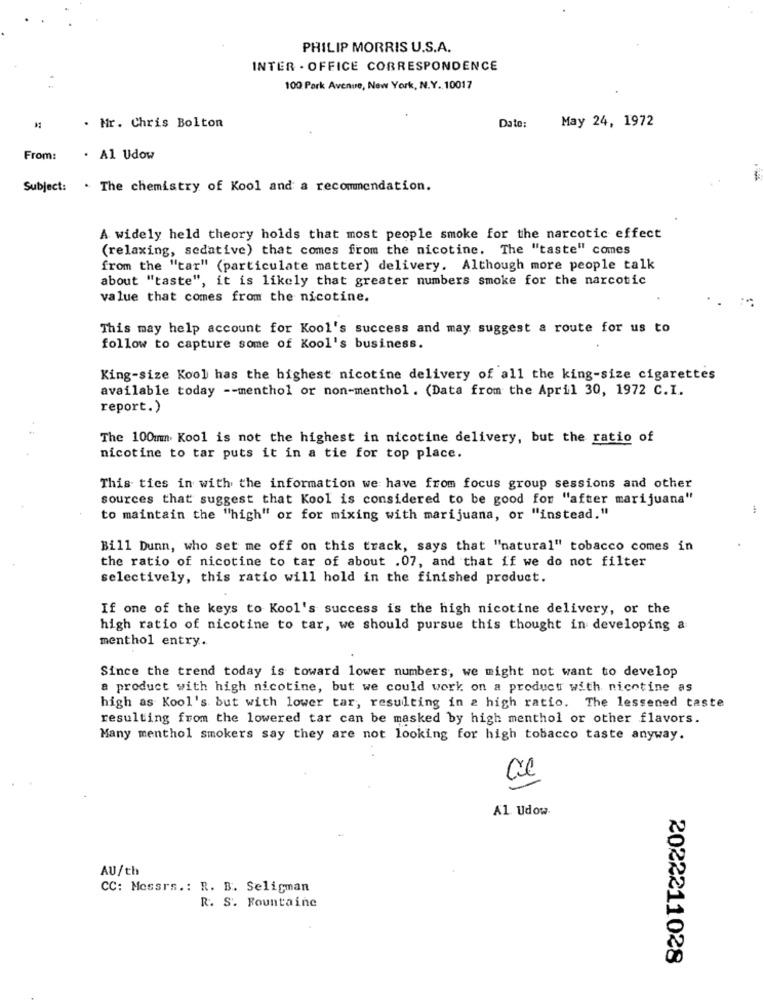
PHILIP MORRIS U.S.A.
INTER . OFFICE CORRESPONDENCE
100 Park Avenue, New York, N.Y. 10017
. Mr. Chris Bolton
May 24, 1972
Date:
From:
. Al Udow
Subject: . The chemistry of Kool and a recommendation.
A widely held theory holds that most people smoke for the narcotic effect
(relaxing, sedative) that comes from the nicotine. The "taste" comes
from the "tar" (particulate matter) delivery. Although more people talk
about "taste", it is likely that greater numbers smoke for the narcotic
value that comes from the nicotine.
This may help account for Kool's success and may suggest a route for us to
follow to capture some of Kool's business.
King-size Kool has the highest nicotine delivery of all the king-size cigarettes
available today -- menthol or non-menthol. (Data from the April 30, 1972 C.I.
report.)
The 100mmn. Kool is not the highest in nicotine delivery, but the ratio of
nicotine to tar puts it in a tie for top place.
This ties in with the information we have from focus group sessions and other
sources that suggest that Kool is considered to be good for "after marijuana"
to maintain the "high" or for mixing with marijuana, or "instead."
Bill Dunn, who set me off on this track, says that "natural" tobacco comes in
the ratio of nicotine to tar of about .07, and that if we do not filter
selectively, this ratio will hold in the finished product.
If one of the keys to Kool's success is the high nicotine delivery, or the
high ratio of nicotine to tar, we should pursue this thought in developing a
menthol entry.
Since the trend today is toward lower numbers, we might not want to develop
a product with high nicotine, but we could work on a product with nicotine as
high as Kool's but with lower tar, resulting in a high ratio. The lessened taste
resulting from the lowered tar can be masked by high menthol or other flavors.
Many menthol smokers say they are not looking for high tobacco taste anyway.
Al Udow.
AU/th
CC: Messrs .: R. B. Seligman
R. S. Fountaine
2022211028